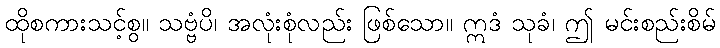
ထိုစကားသင့်စွ။ သဗ္ဗံပိ၊ အလုံးစုံလည်း ဖြစ်သော။ ဣဒံ သုခံ၊ ဤ မင်းစည်းစိမ်